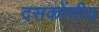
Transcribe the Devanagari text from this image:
दसकोंणीय